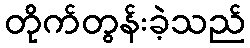
တိုက်တွန်းခဲ့သည်